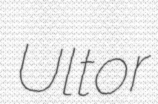
Ultor